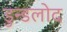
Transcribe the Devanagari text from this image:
डुन्डलोद